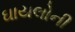
ઘાયલોની